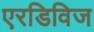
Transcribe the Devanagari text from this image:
एरडिविज